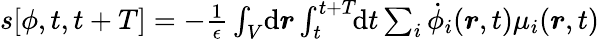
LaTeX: \begin{array}{r}{s[{\phi},t,t+T]=-\frac{1}{\epsilon}\int_{V}\! \mathrm{d}\boldsymbol{r}\int_{t}^{t+T}\! \! \mathrm{d}t\sum_{i}\dot{\phi}_{i}(\boldsymbol{r},t)\mu_{i}(\boldsymbol{r},t)\, }\end{array}